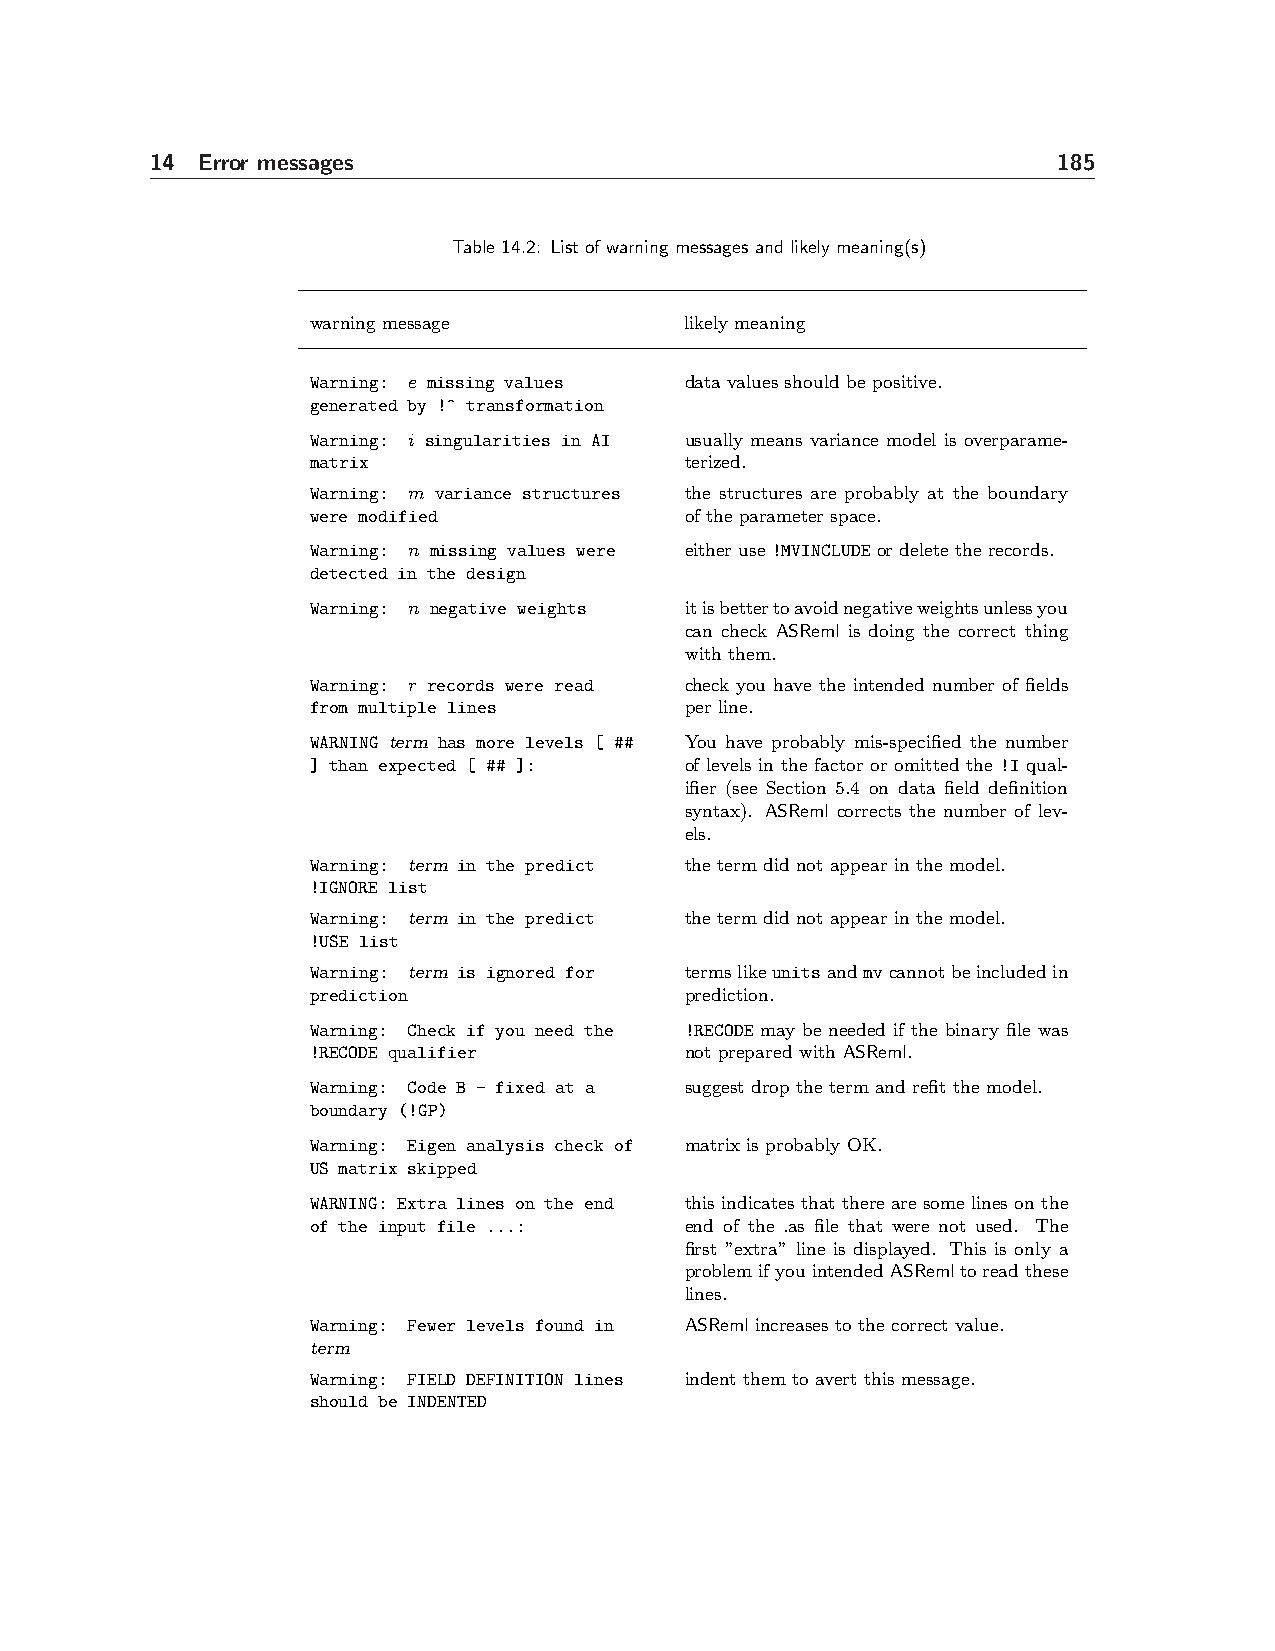
14 Error messages                                           185
 Table 14.2: List of warning messages and likely meaning(s)
 warning message         likely meaning
 Warning: e missing values data values should be positive.
 generated by !^ transformation
 Warning: i singularities in AI usually means variance model is overparame-
 matrix                  terized.
 Warning: m variance structures the structures are probably at the boundary
 were modified           of the parameter space.
 Warning: n missing values were either use !MVINCLUDE or delete the records.
 detected in the design
 Warning: n negative weights itisbettertoavoidnegativeweightsunlessyou
 can check ASReml is doing the correct thing
 with them.
 Warning: r records were read check you have the intended number of fields
 from multiple lines     per line.
 WARNING term has more levels [ ## You have probably mis-specified the number
 ] than expected [ ## ]: of levels in the factor or omitted the !I qual-
 ifier (see Section 5.4 on data field definition
 syntax). ASReml corrects the number of lev-
 els.
 Warning: term in the predict the term did not appear in the model.
 !IGNORE list
 Warning: term in the predict the term did not appear in the model.
 !USE list
 Warning: term is ignored for termslikeunitsandmvcannotbeincludedin
 prediction              prediction.
 Warning: Check if you need the !RECODE may be needed if the binary file was
 !RECODE qualifier       not prepared with ASReml.
 Warning: Code B - fixed at a suggest drop the term and refit the model.
 boundary (!GP)
 Warning: Eigen analysis check of matrix is probably OK.
 US matrix skipped
 WARNING: Extra lines on the end thisindicatesthattherearesomelinesonthe
 of the input file ...:  end of the .as file that were not used. The
 first ”extra” line is displayed. This is only a
 problemifyouintendedASRemltoreadthese
 lines.
 Warning: Fewer levels found in ASReml increases to the correct value.
 term
 Warning: FIELD DEFINITION lines indent them to avert this message.
 should be INDENTED